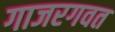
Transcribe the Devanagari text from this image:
गाजरगवत